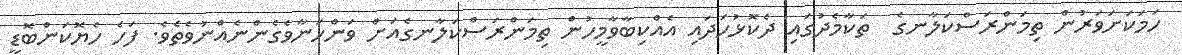
ހަމަކަށަވަރުން ތިމަންރަސްކަލާނގެ  ތަކާމެދުގައި ދެކޮޅުހަދައި އެއްކިބާވާމީހުން ތިމަންރަސްކަލާނގެއަށް ވަންހަނާވެގެންނެއްނުވެތެވެ. ފަހެ ހެޔޮކަންބޮޑީ